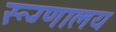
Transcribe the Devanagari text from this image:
रूग्‍णालय